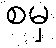
စမှ